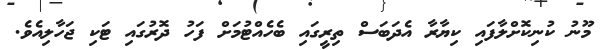
މޫނު ކުނިކޮށްލާފައި ކިޔާރާ އެދަބަސް ތިރީގައި ބެހެއްޓުމަށް ފަހު ދޮރުގައި ޓަކި ޖަހާލިއެވެ.